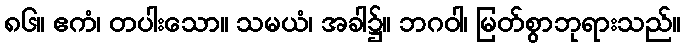
၈၆။ ဧကံ၊ တပါးသော။ သမယံ၊ အခါ၌။ ဘဂဝါ၊ မြတ်စွာဘုရားသည်။